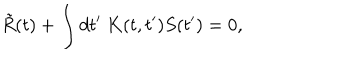
\tilde { R } ( t ) + \int d t ^ { \prime } \ K ( t , t ^ { \prime } ) S ( t ^ { \prime } ) = 0 ,